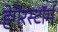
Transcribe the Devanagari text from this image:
हेगेरस्टॉर्म